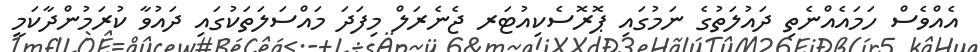
އެއްވެސް ހަމައެއްނެތި ދައުލަތުގެ ނަމުގައި ޕޮރޮސެކިއުޓަރ ޖެނެރަލް މިފަދަ މައްސަލަތަކުގައި ދައުވާ ކުރަމުންދާކަމީ